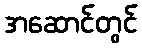
အဆောင်တွင်